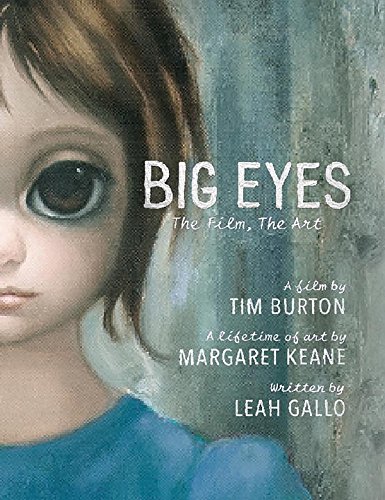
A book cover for Big Eyes: The Film, The Art; Leah Gallo; Humor & Entertainment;